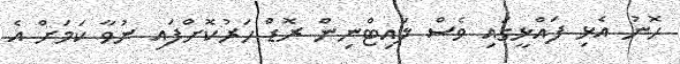
ހޮނު އެޅި ފައްޅީގައި ވެސް ލައިޓްނިން ރޮޑް ހަރުކޮށްފައި ނުވާ ކަމަށް އެ